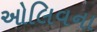
ઓલિવના